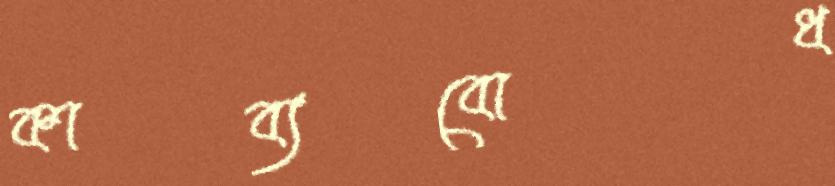
কাব্যবোধ